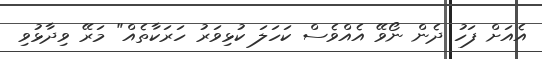
އެއަށް ފަހު ދެން ނޯވޭ އެއްވެސް ކަހަލަ ކުޅިވަރު ހަރަކާތެއް" މަރޭ ވިދާޅުވި